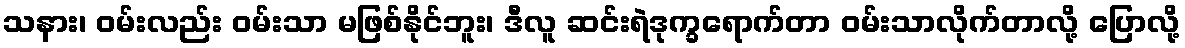
သနား၊ ဝမ်းလည်း ဝမ်းသာ မဖြစ်နိုင်ဘူး၊ ဒီလူ ဆင်းရဲဒုက္ခရောက်တာ ဝမ်းသာလိုက်တာလို့ ပြောလို့